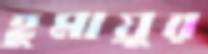
হুমায়ুর